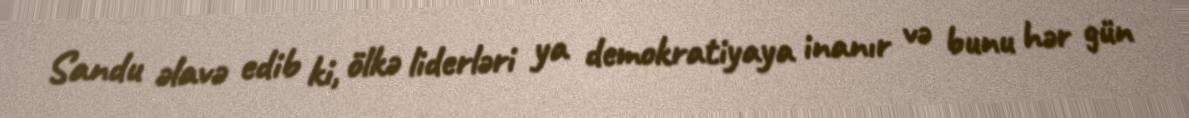
Sandu əlavə edib ki, ölkə liderləri ya demokratiyaya inanır və bunu hər gün